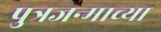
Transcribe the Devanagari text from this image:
पुत्रजन्माच्या